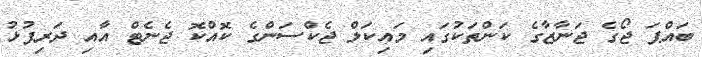
ބައްޕަ ޖޯގެ ޖަނާޒާގެ ކަންތަކުގައި މައިކަލް ޖެކްސަންގެ ކޮއްކޮ ޖެނެޓް އާއި ދަރިފުޅު